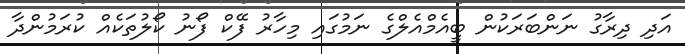
އަދި ދިރާގު ނަންބަރަކުން ބީއެމްއެލްގެ ނަމުގައި މިހާރު ފޭކް ފޯނު ކޯލުތަކެއް ކުރަމުންދާ